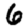
Digit: 6